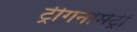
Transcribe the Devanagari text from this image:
ट्रीगनोमेट्री